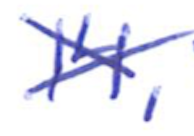
Text: 14,
Cross-out: cross
Writing tool: ballpoint